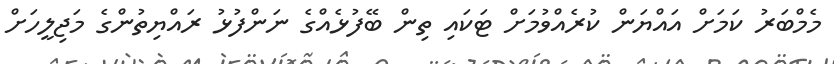
މެމްބަރު ކަމަށް އައްޔަން ކުރެއްވުމަށް ޓަކައި ތިން ބޭފުޅެއްގެ ނަންފުޅު ރައްޔިތުންގެ މަޖިލީހަށް